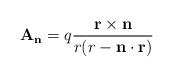
\begin{align*}{\mathbf A}_{\mathbf n}= q\frac{{\mathbf r}\times {\mathbf n}}{r(r - {\mathbf n} \cdot{\mathbf r})} \end{align*}